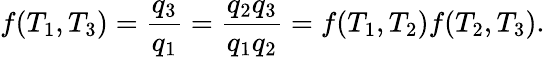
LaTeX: f(T_{1},T_{3})={\frac{q_{3}}{q_{1}}}={\frac{q_{2}q_{3}}{q_{1}q_{2}}}=f(T_{1},T_{2})f(T_{2},T_{3}).